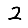
Digit: 2